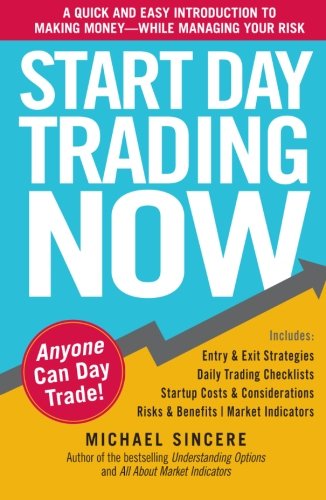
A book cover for Start Day Trading Now: A Quick and Easy Introduction to Making Money While Managing Your Risk; Michael Sincere; Business & Money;